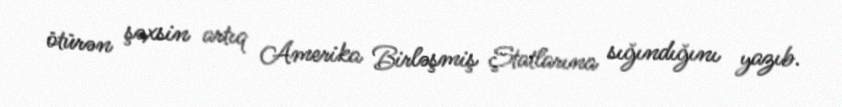
ötürən şəxsin artıq Amerika Birləşmiş Ştatlarına sığındığını yazıb.